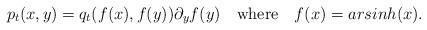
LaTeX: \begin{align*}p_t(x,y)=q_t(f(x),f(y)) \partial_yf(y)\ \ \textnormal{ where } \ \ f(x)=arsinh(x).\end{align*}